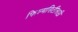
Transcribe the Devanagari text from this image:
फिल्मसिटीसाठी